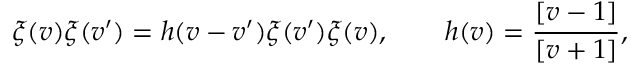
\xi ( v ) \xi ( v ^ { \prime } ) = h ( v - v ^ { \prime } ) \xi ( v ^ { \prime } ) \xi ( v ) , \qquad h ( v ) = \frac { [ v - 1 ] } { [ v + 1 ] } ,